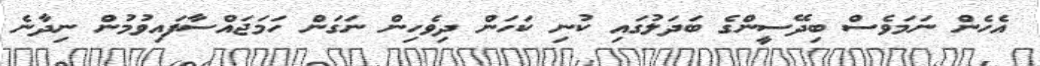
އެހެން ނަމަވެސް ބިދޭސީންގެ ބަދަލުގައި ކުނި ކަހަން ދިވެހިން ނަގަން ހަމަޖައްސާފައިވުމުން ނިދާނެ